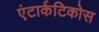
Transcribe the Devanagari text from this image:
एंटार्कटिकोस